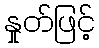
နှုတ်ဖြင့်